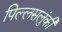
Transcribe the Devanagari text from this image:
पिल्लसलुंकी